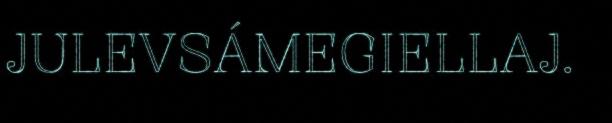
JULEVSÁMEGIELLAJ.